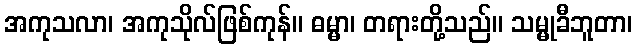
အကုသလာ၊ အကုသိုလ်ဖြစ်ကုန်။ ဓမ္မာ၊ တရားတို့သည်။ သမ္မုခီဘူတာ၊